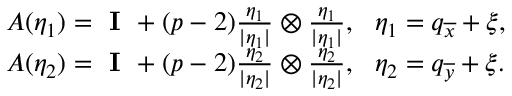
\begin{array} { r l } & { A ( \eta _ { 1 } ) = \textbf { I } + ( p - 2 ) \frac { \eta _ { 1 } } { | \eta _ { 1 } | } \otimes \frac { \eta _ { 1 } } { | \eta _ { 1 } | } , \ \ \eta _ { 1 } = q _ { \overline { { x } } } + \xi , } \\ & { A ( \eta _ { 2 } ) = \textbf { I } + ( p - 2 ) \frac { \eta _ { 2 } } { | \eta _ { 2 } | } \otimes \frac { \eta _ { 2 } } { | \eta _ { 2 } | } , \ \ \eta _ { 2 } = q _ { \overline { { y } } } + \xi . } \end{array}